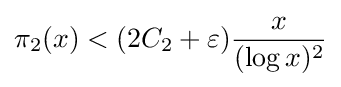
\pi _{2}(x)<(2C_{2}+\varepsilon ){\frac {x}{(\log x)^{2}}}